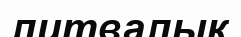
литвалық